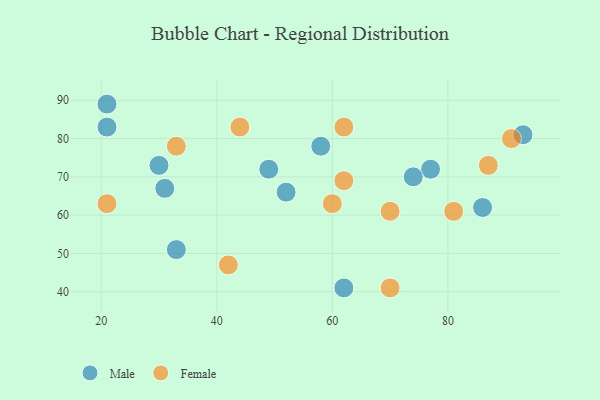
{"axis": {"x": "GDP", "y": "Life Expectancy"}, "legend": ["Female", "Male"], "data": [{"x": "93", "y": 81, "type": "Male"}, {"x": "33", "y": 51, "type": "Male"}, {"x": "31", "y": 67, "type": "Male"}, {"x": "49", "y": 72, "type": "Male"}, {"x": "62", "y": 41, "type": "Male"}, {"x": "21", "y": 89, "type": "Male"}, {"x": "21", "y": 83, "type": "Male"}, {"x": "77", "y": 72, "type": "Male"}, {"x": "86", "y": 62, "type": "Male"}, {"x": "58", "y": 78, "type": "Male"}, {"x": "30", "y": 73, "type": "Male"}, {"x": "52", "y": 66, "type": "Male"}, {"x": "74", "y": 70, "type": "Male"}, {"x": "70", "y": 61, "type": "Female"}, {"x": "33", "y": 78, "type": "Female"}, {"x": "21", "y": 63, "type": "Female"}, {"x": "70", "y": 41, "type": "Female"}, {"x": "42", "y": 47, "type": "Female"}, {"x": "87", "y": 73, "type": "Female"}, {"x": "81", "y": 61, "type": "Female"}, {"x": "62", "y": 69, "type": "Female"}, {"x": "91", "y": 80, "type": "Female"}, {"x": "44", "y": 83, "type": "Female"}, {"x": "62", "y": 83, "type": "Female"}, {"x": "60", "y": 63, "type": "Female"}]}